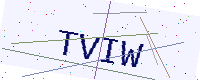
Text: TVIW